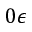
0 \epsilon